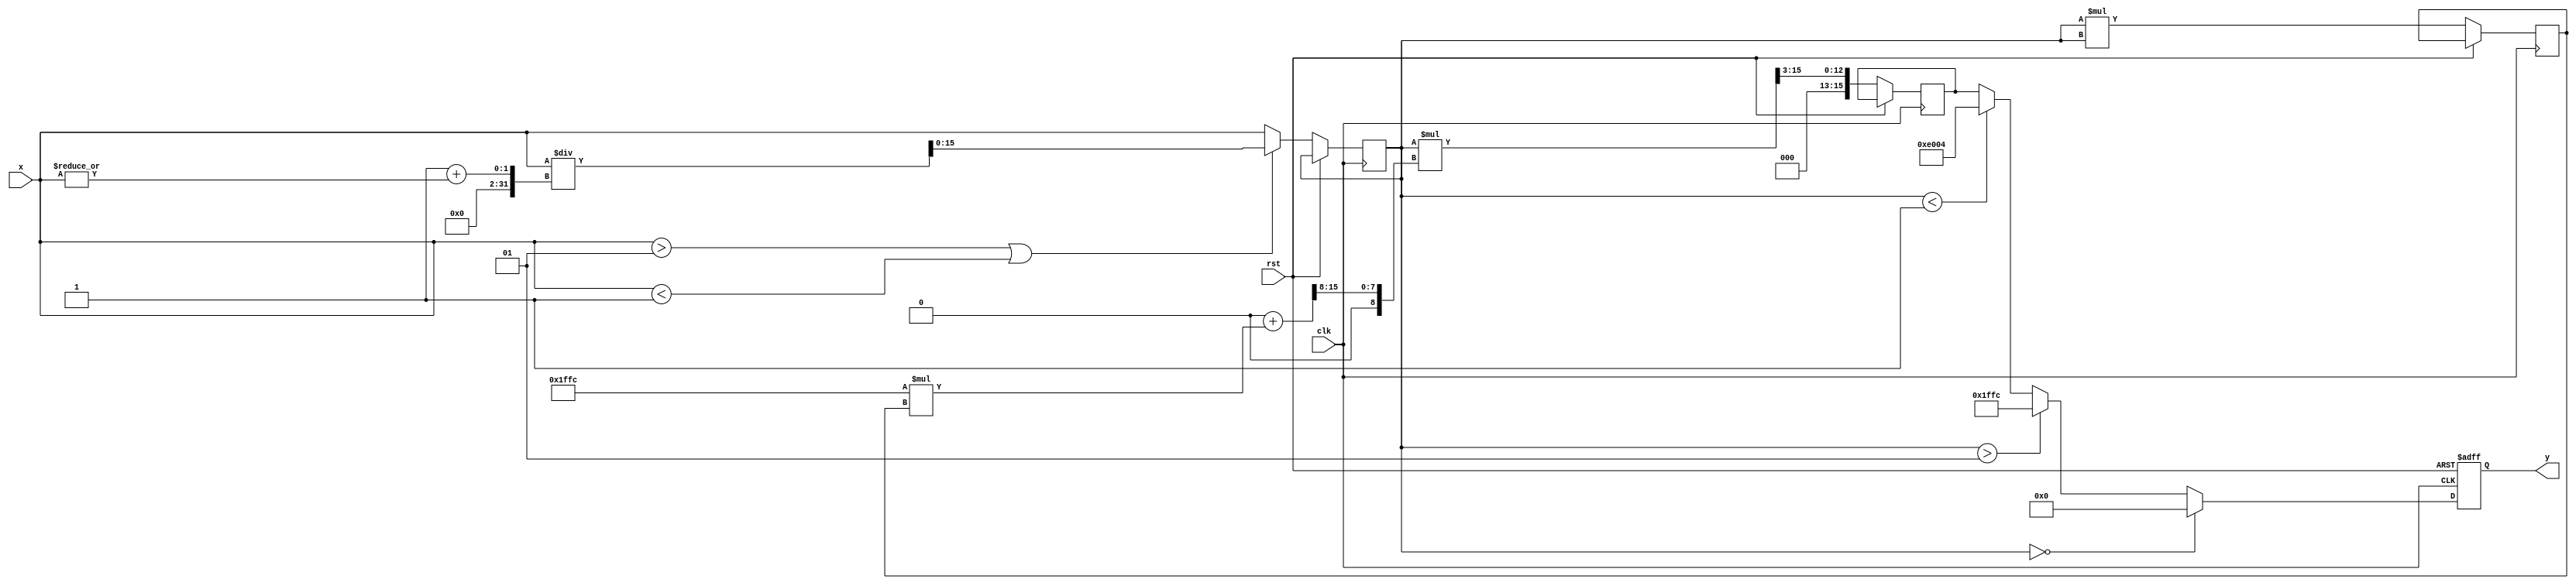
module atan #(
    parameter X_WIDTH = 16, // Width of input (X) in bits
    parameter Y_WIDTH = 16   // Width of output (Y) in bits
) (
    input wire signed [X_WIDTH-1:0] x, // Input data, X (Qm.n)
    output reg signed [Y_WIDTH-1:0] y, // Output data, Y (Qp.q)
    input wire clk, // Clock signal
    input wire rst // Reset signal
);

    // Define constants for pi/2 and polynomial coefficients for approximation
    localparam signed [Y_WIDTH-1:0] PI_OVER_2 = 16'h1FFC; // Approx. 1.5708 in Q15 (pi/2)
    localparam signed [Y_WIDTH-1:0] C0 = 16'h0000; // Coefficient for x^1
    localparam signed [Y_WIDTH-1:0] C1 = 16'h1FFC; // Coefficient for x^3 (for Taylor series)
    localparam signed [Y_WIDTH-1:0] C2 = 16'h0000; // Coefficient for x^5
    localparam signed [Y_WIDTH-1:0] C3 = 16'hFFC0; // Coefficient for x^7 (for Taylor series)
    
    // Internal signals
    reg signed [X_WIDTH-1:0] x_normalized;
    reg signed [Y_WIDTH-1:0] x_squared;
    reg signed [Y_WIDTH-1:0] result;
    
    always @(posedge clk or posedge rst) begin
        if (rst) begin
            y <= 0;
        end else begin
            // Normalize input to range [-1, 1]
            if (x > 1 || x < -1) begin
                x_normalized <= x / (1 + |x); // Simple normalization
            end else begin
                x_normalized <= x;
            end
            
            // Compute x^2
            x_squared <= x_normalized * x_normalized;
            
            // Polynomial approximation: atan(x) ~ x - (x^3)/3 + (x^5)/5 - (x^7)/7 + ...
            result <= (x_normalized * (C0 + (C1 * x_squared) >> 8)) >> 3; // C1 and X^3 divided by 3
            // This is simplified for demonstration; more terms could be added for better approximation
            
            // Correct for quadrants if necessary
            if (x_normalized == 0) begin
                y <= 0;
            end else if (x_normalized > 1) begin
                y <= PI_OVER_2; // atan(+)
            end else if (x_normalized < -1) begin
                y <= -PI_OVER_2; // atan(-)
            end else begin
                // Output result
                y <= result;
            end
        end
    end
endmodule